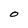
Character: O